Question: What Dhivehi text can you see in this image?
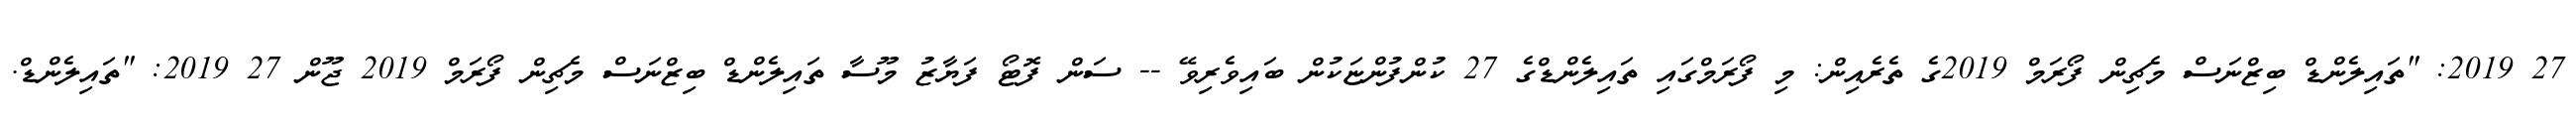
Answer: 27 2019: "ތައިލެންޑް ބިޒްނަސް މެޗިން ފޯރަމް 2019ގެ ތެރެއިން: މި ފޯރަމްގައި ތައިލެންޑްގެ 27 ކުންފުންޏަކުން ބައިވެރިވޭ -- ސަން ފޮޓޯ ފަޔާޒު މޫސާ ތައިލެންޑް ބިޒްނަސް މެޗިން ފޯރަމް 2019 ޖޫން 27 2019: "ތައިލެންޑް.